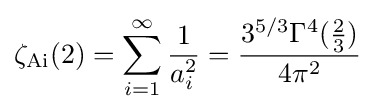
\zeta _{\mathrm {Ai} }(2)=\sum _{i=1}^{\infty }{\frac {1}{a_{i}^{2}}}={\frac {3^{5/3}\Gamma ^{4}({\frac {2}{3}})}{4\pi ^{2}}}